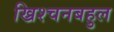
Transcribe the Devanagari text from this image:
ख्रिश्चनबहुल